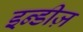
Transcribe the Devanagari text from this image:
इन्डीज़